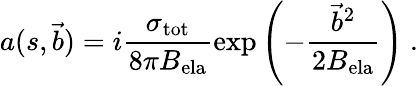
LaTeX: a(s,\vec{b})=i\frac{\sigma_{\mathrm{tot}}}{8\pi B_{\mathrm{ela}}}\exp\left(-\frac{{\vec{b}}^{2}}{2B_{\mathrm{ela}}}\right)\ .